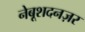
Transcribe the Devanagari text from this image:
नेबूशदनज़र